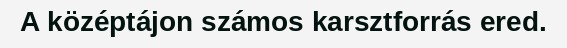
A középtájon számos karsztforrás ered.